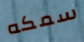
سمكه